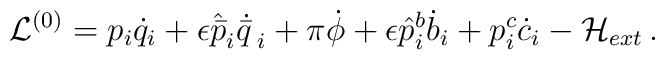
\mathcal{L}^{(0)} = p_i \dot{q}_i + \epsilon \hat{\bar{p}}_i \dot{\bar{q}\,}_i + \pi\dot{\phi} + \epsilon \hat{p}_i^b \dot{b}_i + p_i^c \dot{c}_i - \mathcal{H}_{ext}\,.